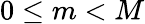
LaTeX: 0\leq m<M